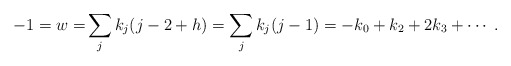
\begin{align*} -1 =w =& \sum_{j} k_j(j-2+h) = \sum_{j}k_j(j-1) = -k_{0}+k_{2} + 2 k_{3} + \cdots \;. \end{align*}